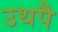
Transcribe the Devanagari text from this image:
उथपै